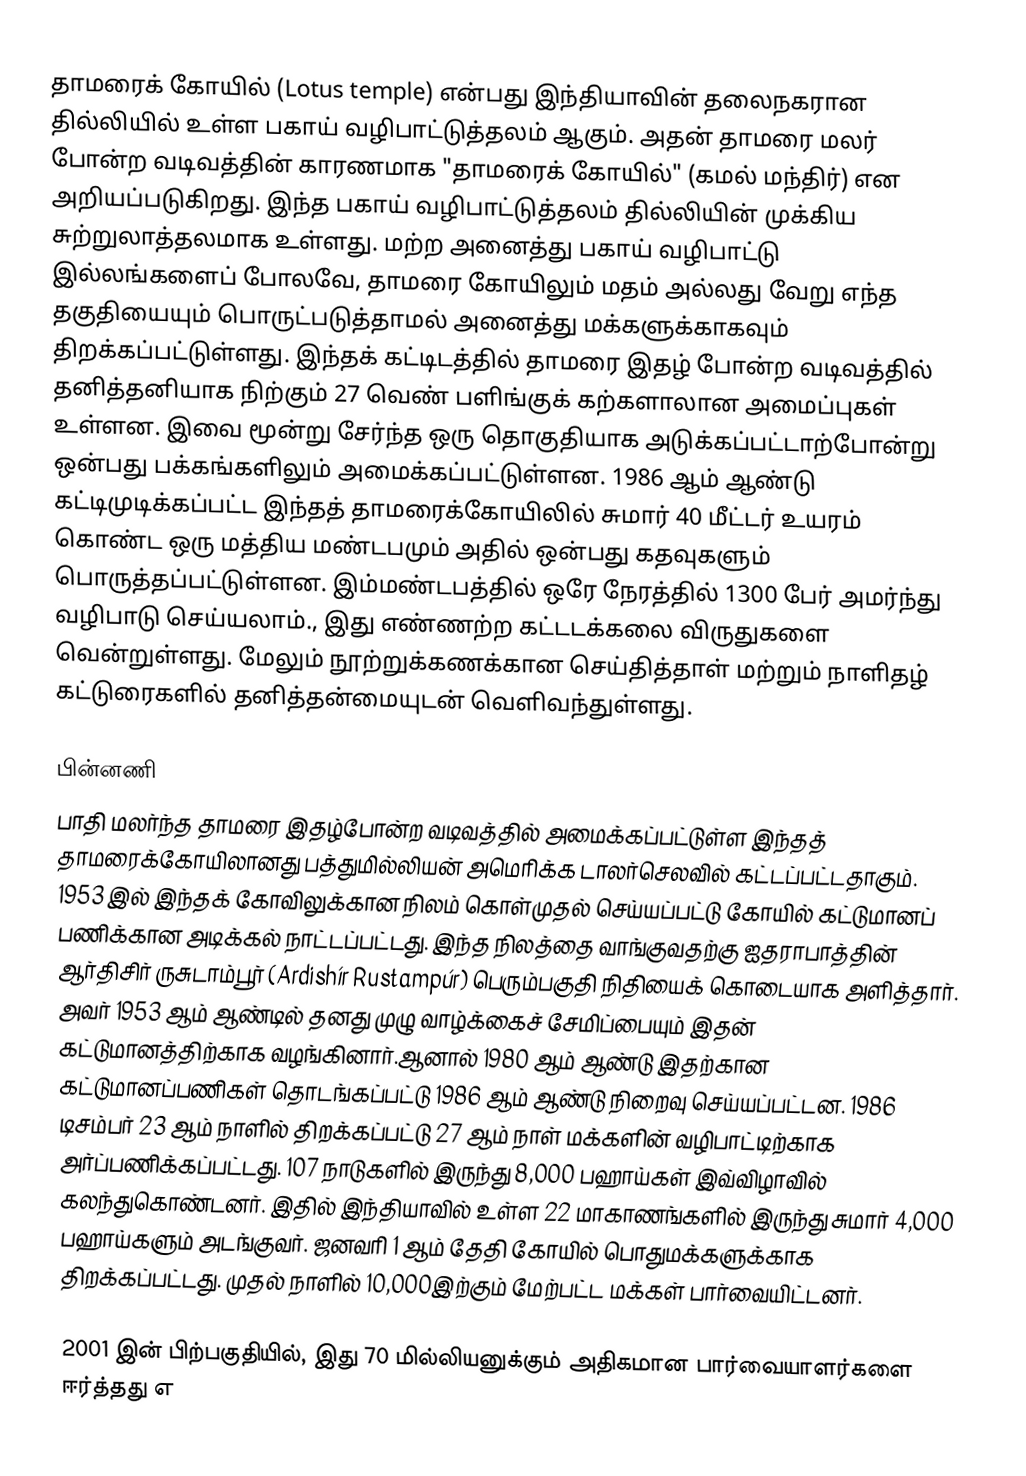
தாமரைக் கோயில் (Lotus temple) என்பது இந்தியாவின் தலைநகரான தில்லியில் உள்ள பகாய் வழிபாட்டுத்தலம் ஆகும். அதன் தாமரை மலர் போன்ற வடிவத்தின் காரணமாக "தாமரைக் கோயில்" (கமல் மந்திர்) என அறியப்படுகிறது. இந்த பகாய் வழிபாட்டுத்தலம் தில்லியின் முக்கிய சுற்றுலாத்தலமாக உள்ளது. மற்ற அனைத்து பகாய் வழிபாட்டு இல்லங்களைப் போலவே, தாமரை கோயிலும் மதம் அல்லது வேறு எந்த தகுதியையும் பொருட்படுத்தாமல் அனைத்து மக்களுக்காகவும் திறக்கப்பட்டுள்ளது. இந்தக் கட்டிடத்தில் தாமரை இதழ் போன்ற வடிவத்தில் தனித்தனியாக நிற்கும் 27 வெண் பளிங்குக் கற்களாலான அமைப்புகள் உள்ளன. இவை மூன்று சேர்ந்த ஒரு தொகுதியாக அடுக்கப்பட்டாற்போன்று ஒன்பது பக்கங்களிலும் அமைக்கப்பட்டுள்ளன. 1986 ஆம் ஆண்டு கட்டிமுடிக்கப்பட்ட இந்தத் தாமரைக்கோயிலில் சுமார் 40 மீட்டர் உயரம் கொண்ட ஒரு மத்திய மண்டபமும் அதில் ஒன்பது கதவுகளும் பொருத்தப்பட்டுள்ளன. இம்மண்டபத்தில் ஒரே நேரத்தில் 1300 பேர் அமர்ந்து வழிபாடு செய்யலாம்., இது எண்ணற்ற கட்டடக்கலை விருதுகளை வென்றுள்ளது. மேலும் நூற்றுக்கணக்கான செய்தித்தாள் மற்றும் நாளிதழ் கட்டுரைகளில் தனித்தன்மையுடன் வெளிவந்துள்ளது.

பின்னணி
பாதி மலர்ந்த தாமரை இதழ்போன்ற வடிவத்தில் அமைக்கப்பட்டுள்ள இந்தத் தாமரைக்கோயிலானது பத்துமில்லியன் அமெரிக்க டாலர்செலவில் கட்டப்பட்டதாகும். 1953 இல் இந்தக் கோவிலுக்கான நிலம் கொள்முதல் செய்யப்பட்டு கோயில் கட்டுமானப் பணிக்கான அடிக்கல் நாட்டப்பட்டது. இந்த நிலத்தை வாங்குவதற்கு ஐதராபாத்தின் ஆர்திசிர் ருசுடாம்பூர் (Ardishír Rustampúr) பெரும்பகுதி நிதியைக் கொடையாக அளித்தார். அவர் 1953 ஆம் ஆண்டில் தனது முழு வாழ்க்கைச் சேமிப்பையும் இதன் கட்டுமானத்திற்காக வழங்கினார்.ஆனால் 1980 ஆம் ஆண்டு இதற்கான கட்டுமானப்பணிகள் தொடங்கப்பட்டு 1986 ஆம் ஆண்டு நிறைவு செய்யப்பட்டன. 1986 டிசம்பர் 23 ஆம் நாளில் திறக்கப்பட்டு 27 ஆம் நாள் மக்களின் வழிபாட்டிற்காக அர்ப்பணிக்கப்பட்டது. 107 நாடுகளில் இருந்து 8,000 பஹாய்கள் இவ்விழாவில் கலந்துகொண்டனர். இதில் இந்தியாவில் உள்ள 22 மாகாணங்களில் இருந்து சுமார் 4,000 பஹாய்களும் அடங்குவர். ஜனவரி 1 ஆம் தேதி கோயில் பொதுமக்களுக்காக திறக்கப்பட்டது. முதல் நாளில் 10,000இற்கும் மேற்பட்ட மக்கள் பார்வையிட்டனர்.

2001 இன் பிற்பகுதியில், இது 70 மில்லியனுக்கும் அதிகமான பார்வையாளர்களை ஈர்த்தது எ